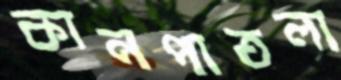
কানপাতলা